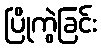
ပြိုကွဲခြင်း